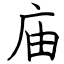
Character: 庙